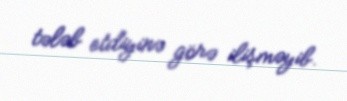
tələb etdiyinə görə ilişməyib.